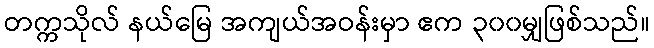
တက္ကသိုလ် နယ်မြေ အကျယ်အဝန်းမှာ ဧက ၃၀၀မျှဖြစ်သည်။